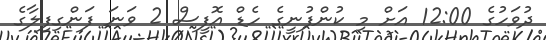
ދުވަހުގެ 12:00 އަށް މި ކުންފުނީގެ ހެޑް އޮފީސް 2 ވަނަ ފަންގިފިލާގެ